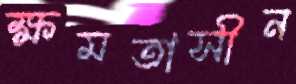
ক্ষমতাসীন